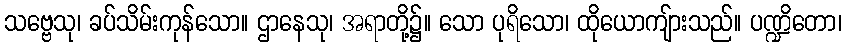
သဗ္ဗေသု၊ ခပ်သိမ်းကုန်သော။ ဌာနေသု၊ အရာတို့၌။ သော ပုရိသော၊ ထိုယောကျ်ားသည်။ ပဏ္ဍိတော၊